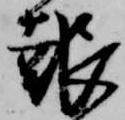
報